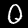
Digit: 0